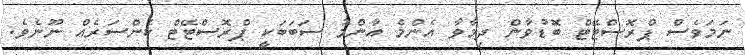
ނަމަވެސް ޕްރޮސްޓޭޓް ބޮޑުވާން ދިމާވާ އެންމެ އާންމު ސަބަބަކީ ޕްރޮސްޓޭޓް ކެންސަރެއް ނޫނެވެ.